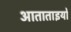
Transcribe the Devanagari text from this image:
आताताइयों